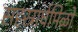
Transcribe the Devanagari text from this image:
सहस्रार्घमिळो